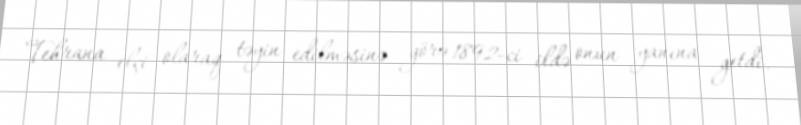
Tehrana elçi olaraq təyin edilməsinə görə 1892-ci ildə onun yanına getdi.